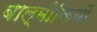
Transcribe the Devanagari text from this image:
बाल्मीकियों